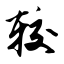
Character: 较